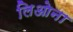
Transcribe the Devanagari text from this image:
लिओना